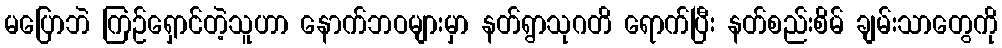
မပြောဘဲ ကြဉ်ရှောင်တဲ့သူဟာ နောက်ဘဝများမှာ နတ်ရွာသုဂတိ ရောက်ပြီး နတ်စည်းစိမ် ချမ်းသာတွေကို